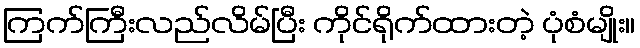
ကြက်ကြီးလည်လိမ်ပြီး ကိုင်ရိုက်ထားတဲ့ ပုံစံမျိုး။